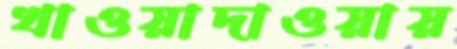
খাওয়াদাওয়ায়